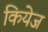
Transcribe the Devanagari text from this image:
कियेज